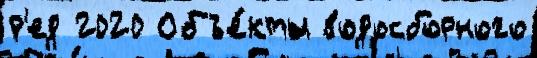
р'ед 2020 Объе́кты водосборного